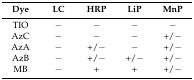
<table><thead><tr><td><b>Dye</b></td><td><b>LC</b></td><td><b>HRP</b></td><td><b>LiP</b></td><td><b>MnP</b></td></tr></thead><tbody><tr><td>TIO</td><td>−</td><td>−</td><td>−</td><td>−</td></tr><tr><td>AzC</td><td>−</td><td>−</td><td>−</td><td>+/−</td></tr><tr><td>AzA</td><td>−</td><td>+/−</td><td>−</td><td>+/−</td></tr><tr><td>AzB</td><td>−</td><td>+/−</td><td>+/−</td><td>+/−</td></tr><tr><td>MB</td><td>−</td><td>+</td><td>+</td><td>+/−</td></tr></tbody></table>